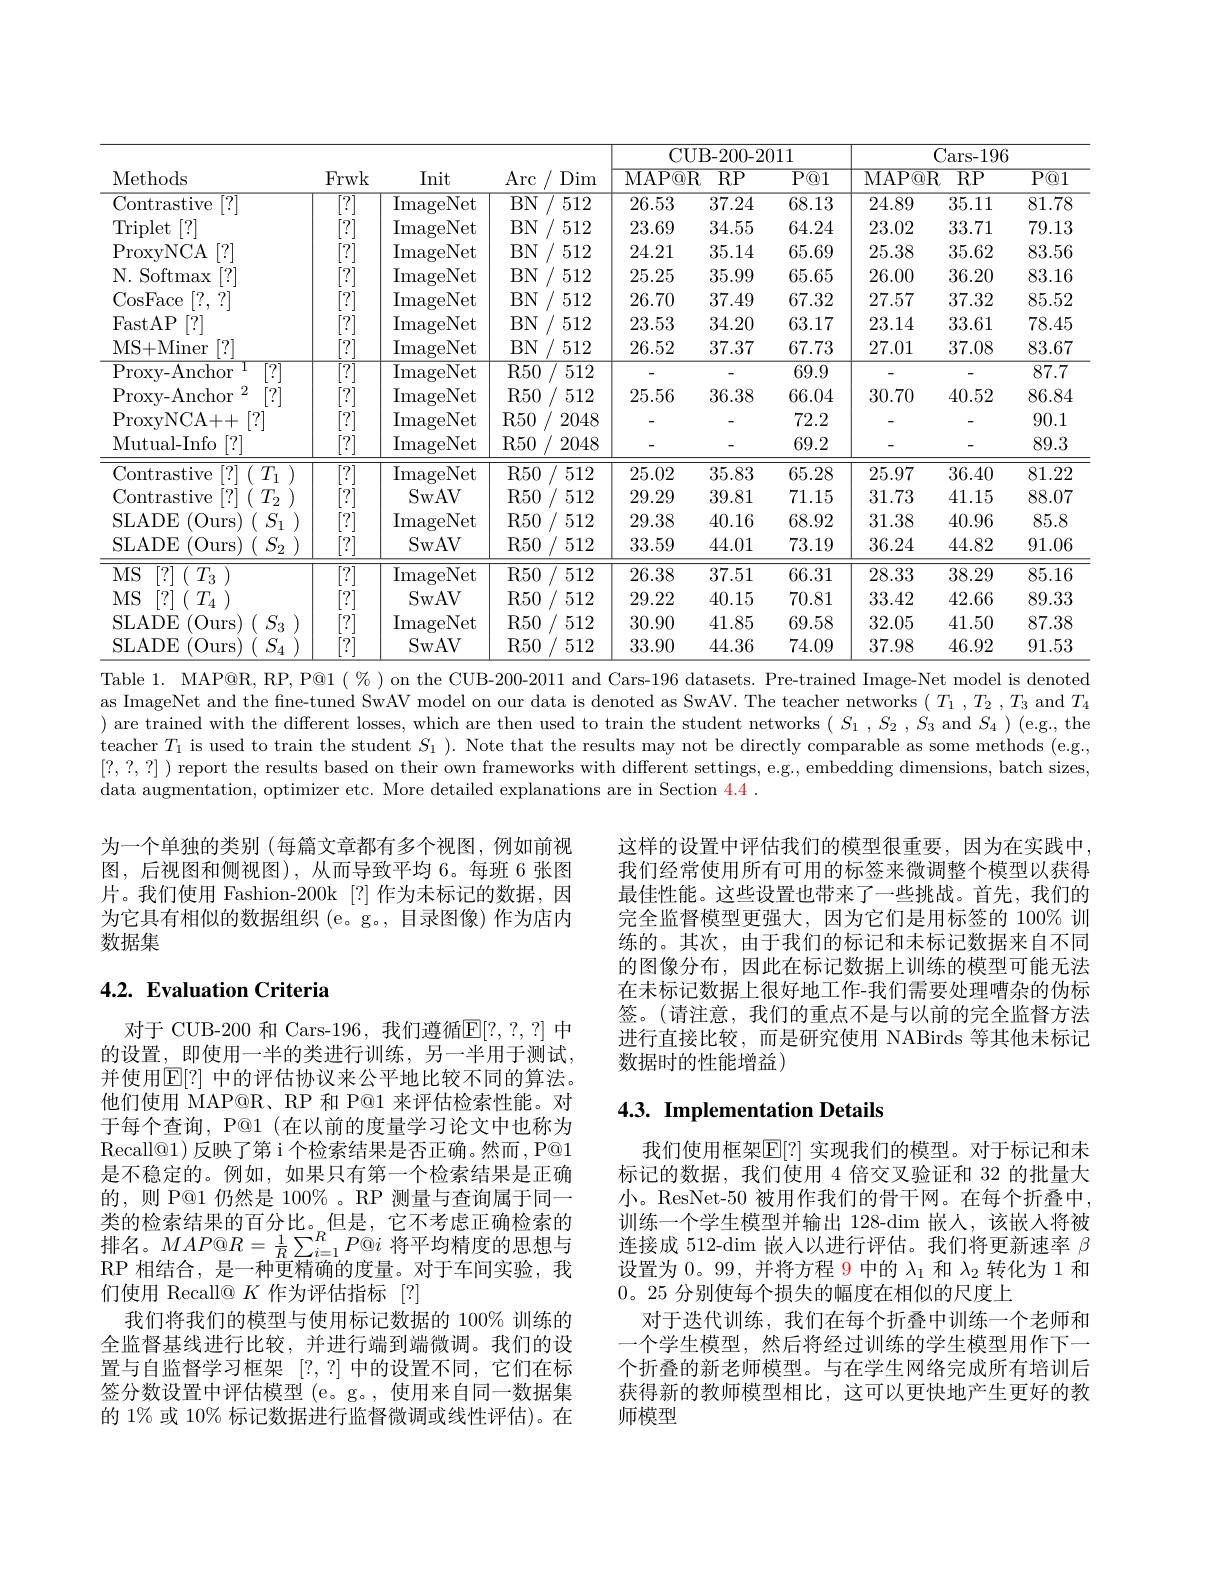
<table>
	<tbody>
		<tr>
			<th rowspan="2">Methods</th>
			<th rowspan="2">Frwk</th>
			<th rowspan="2">Init</th>
			<th rowspan="2">$\operatorname{Arc}$ Dim</th>
			<th> </th>
			<th colspan="3">CUB- 200- 2011</th>
			<th colspan="3">Cars- 196</th>
		</tr>
		<tr>
			<th>$\overline{\mathrm{MA}}$ $n$</th>
			<th>$\overline{\mathrm{MAP@R}}$</th>
			<th>${\overline{RP}}$</th>
			<th>$\overline{\mathrm{P@1}}$</th>
			<th>$\overline{\mathrm{MAP@R}}$</th>
			<th>${\overline{RP}}$</th>
			<th>$\overline{\mathrm{P@1}}$</th>
		</tr>
		<tr>
			<td>Contrastive $\mid ?$</td>
			<td> </td>
			<td>ImageNet</td>
			<td>$BN$ 512</td>
			<td>26. 2</td>
			<td>26.53</td>
			<td>37.24</td>
			<td>68.13</td>
			<td>24.89</td>
			<td>35.11</td>
			<td>81.78</td>
		</tr>
		<tr>
			<td>$\operatorname{Triplet}$ [?]</td>
			<td> </td>
			<td>ImageNet</td>
			<td>$BN$ 512</td>
			<td>$23.\epsilon$ 2</td>
			<td>23.69</td>
			<td>34.55</td>
			<td>64.24</td>
			<td>23.02</td>
			<td>33.71</td>
			<td>79.13</td>
		</tr>
		<tr>
			<td>ProxyNCA [?]</td>
			<td> </td>
			<td>ImageNet</td>
			<td>$BN$ 512</td>
			<td>2 $24.`$</td>
			<td>24.21</td>
			<td>35.14</td>
			<td>65.69</td>
			<td>25.38</td>
			<td>35.62</td>
			<td>83.56</td>
		</tr>
		<tr>
			<td>N. Softmax [?]</td>
			<td> </td>
			<td>ImageNet</td>
			<td>$BN$ 512</td>
			<td>$25.`$ 2</td>
			<td>25.25</td>
			<td>35.99</td>
			<td>65.65</td>
			<td>26.00</td>
			<td>36.20</td>
			<td>83.16</td>
		</tr>
		<tr>
			<td>CosFace [?, : 71</td>
			<td> </td>
			<td>ImageNet</td>
			<td>$BN$ 512</td>
			<td>26.7 2</td>
			<td>26.70</td>
			<td>37.49</td>
			<td>67.32</td>
			<td>27.57</td>
			<td>37.32</td>
			<td>85.52</td>
		</tr>
		<tr>
			<td>FastAP [?]</td>
			<td> </td>
			<td>ImageNet</td>
			<td>$BN$ 512</td>
			<td>23. 2</td>
			<td>23.53</td>
			<td>34.20</td>
			<td>63.17</td>
			<td>23.14</td>
			<td>33.61</td>
			<td>78.45</td>
		</tr>
		<tr>
			<td>MS+ Miner [?]</td>
			<td> </td>
			<td>ImageNet</td>
			<td>$BN$ 512</td>
			<td>26. 2</td>
			<td>26.52</td>
			<td>37.37</td>
			<td>67.73</td>
			<td>27.01</td>
			<td>37.08</td>
			<td>83.67</td>
		</tr>
		<tr>
			<td>Proxy- Anchor</td>
			<td> </td>
			<td>ImageNet</td>
			<td>R50 $51^{c}$</td>
			<td>2</td>
			<td> </td>
			<td>-</td>
			<td>69.9</td>
			<td> </td>
			<td>一</td>
			<td>87.7</td>
		</tr>
		<tr>
			<td>Proxy- Anchor 2 $\because/$</td>
			<td> </td>
			<td>ImageNet</td>
			<td>$R50$ $51`$</td>
			<td>2 25.</td>
			<td>25.56</td>
			<td>36.38</td>
			<td>66.04</td>
			<td>30.70</td>
			<td>40.52</td>
			<td>86.84</td>
		</tr>
		<tr>
			<td>ProxyNCA+ + [?]</td>
			<td> </td>
			<td>ImageNet</td>
			<td>R50 204</td>
			<td>18</td>
			<td> </td>
			<td> </td>
			<td>72.2</td>
			<td>-</td>
			<td> </td>
			<td>90.1</td>
		</tr>
		<tr>
			<td>Mutual- Info [?]</td>
			<td>[?]</td>
			<td>ImageNet</td>
			<td>R50 204</td>
			<td>18</td>
			<td> </td>
			<td>-</td>
			<td>69.2</td>
			<td> </td>
			<td>-</td>
			<td>89.3</td>
		</tr>
		<tr>
			<td>Contrastive [?] ( $T_{1}$ )</td>
			<td>$\overline{7}$</td>
			<td>ImageNet</td>
			<td>$R50$ $51^{\epsilon}$</td>
			<td>25.( 2</td>
			<td>25.02</td>
			<td>35.83</td>
			<td>65.28</td>
			<td>25.97</td>
			<td>36.40</td>
			<td>81.22</td>
		</tr>
		<tr>
			<td>Contrastive [?] ( $T_{2}$</td>
			<td> </td>
			<td>SwAV</td>
			<td>$R50$ $512^{c}$</td>
			<td>2 $29.`$</td>
			<td>29.29</td>
			<td>39.81</td>
			<td>71.15</td>
			<td>31.73</td>
			<td>41.15</td>
			<td>88.07</td>
		</tr>
		<tr>
			<td>SLADE (Ours $S.$</td>
			<td> </td>
			<td>ImageNet</td>
			<td>$R50$ $512^{c}$</td>
			<td>2 29.</td>
			<td>29.38</td>
			<td>40.16</td>
			<td>68.92</td>
			<td>31.38</td>
			<td>40.96</td>
			<td>85.8</td>
		</tr>
		<tr>
			<td>SLADE (Ours 11 $S_{2}$ :</td>
			<td>[?]</td>
			<td>SwAV</td>
			<td>R50 $51`$</td>
			<td>2 33.</td>
			<td>33.59</td>
			<td>44.01</td>
			<td>73.19</td>
			<td>36.24</td>
			<td>44.82</td>
			<td>91.06</td>
		</tr>
		<tr>
			<td>$MS$ [?] ( $T_{3}$ )</td>
			<td> </td>
			<td>ImageNet</td>
			<td>R50 $51^{\epsilon}$</td>
			<td>2 26.:</td>
			<td>26.38</td>
			<td>37.51</td>
			<td>66.31</td>
			<td>28.33</td>
			<td>38.29</td>
			<td>85.16</td>
		</tr>
		<tr>
			<td>$MS$ [?] ( $T_{4}$</td>
			<td> </td>
			<td>SwAV</td>
			<td>$R50$ $512^{c}$</td>
			<td>2 $29.`$</td>
			<td>29.22</td>
			<td>40.15</td>
			<td>70.81</td>
			<td>33.42</td>
			<td>42.66</td>
			<td>89.33</td>
		</tr>
		<tr>
			<td>SLADE (Ours 1 $S_{3}$</td>
			<td> </td>
			<td>ImageNet</td>
			<td>$R50$ $512^{c}$</td>
			<td>2 30.(</td>
			<td>30.90</td>
			<td>41.85</td>
			<td>69.58</td>
			<td>32.05</td>
			<td>41.50</td>
			<td>87.38</td>
		</tr>
		<tr>
			<td>$S_{4}$ SLADE (Ours</td>
			<td> </td>
			<td>SwAV</td>
			<td>$R50$ $512^{c}$</td>
			<td>2 33.!</td>
			<td>33.90</td>
			<td>44.36</td>
			<td>74.09</td>
			<td>37.98</td>
			<td>46.92</td>
			<td>91.53</td>
		</tr>
	</tbody>
</table>
Table 1. MAP@R, RP, P@1( % )on the CUB-200-2011 and Cars-196 datasets. Pre-trained Image-Net model is denoted

as ImageNet and the fine-tuned SwAV model on our data is denoted as SwAV. The teacher networks $(T_1,T_2,T_3$ and $T_4$ ) are trained with the different losses, which are then used to train the student networks $(S_1,S_2,S_3$ and $S_4)$ (e.g., the teacher $T_1$ is used to train the student $S_1$ ). Note that the results may not be directly comparable as some methods (e.g., [?,?,?] ) report the results based on their own frameworks with different settings, e.g., embedding dimensions, batch sizes, data augmentation, optimizer etc. More detailed explanations are in Section $\color{#c000}4.4.$

为一个单独的类别 (每篇文章都有多个视图，例如前视图，后视图和侧视图),从而导致平均 6。每班 6 张图片。我们使用 Fashion-200k [?] 作为未标记的数据，因为它具有相似的数据组织 (e。g。,目录图像) 作为店内数据集

这样的设置中评估我们的模型很重要，因为在实践中， 我们经常使用所有可用的标签来微调整个模型以获得最佳性能。这些设置也带来了一些挑战。首先，我们的完全监督模型更强大，因为它们是用标签的 100% 训练的。其次，由于我们的标记和未标记数据来自不同的图像分布，因此在标记数据上训练的模型可能无法在未标记数据上很好地工作-我们需要处理嘈杂的伪标签。(请注意，我们的重点不是与以前的完全监督方法进行直接比较，而是研究使用 NABirds 等其他未标记数据时的性能增益)

## 4.2. Evaluation Criteria

## $4. 3. \textbf{Implementation Details}$

对于 CUB-200 和 Cars-196, 我们遵循$\mathbb{E}[?,?,?]$ 中的设置，即使用一半的类进行训练，另一半用于测试， 并使用$\mathbb{E}[?]$ 中的评估协议来公平地比较不同的算法。他们使用 MAP@R、RP 和 P@1 来评估检索性能。对于每个查询，P@1(在以前的度量学习论文中也称为Recall@1)反映了第 i 个检索结果是否正确。然而，P@1是不稳定的。例如，如果只有第一个检索结果是正确的，则 P@1 仍然是 100% 。RP 测量与查询属于同一类的检索结果的百分比。但是，它不考虑正确检索的排名。$MAP@R=\frac{1}{R}\sum_{i=1}^{R}P@i$将平均精度的思想与RP 相结合，是一种更精确的度量。对于车间实验，我们使用 Recall@ $K$作为评估指标[?]
我们将我们的模型与使用标记数据的 100% 训练的全监督基线进行比较，并进行端到端微调。我们的设置与自监督学习框架[?,?]中的设置不同，它们在标签分数设置中评估模型 (e。g。, 使用来自同一数据集的 1% 或 10% 标记数据进行监督微调或线性评估)。在

我们使用框架$\mathbb{E}[?]$ 实现我们的模型。对于标记和未标记的数据，我们使用 4 倍交叉验证和 32 的批量大小。ResNet-50 被用作我们的骨干网。在每个折叠中， 训练一个学生模型并输出 128-dim 嵌人，该嵌入将被连接成 512-dim 嵌人以进行评估。我们将更新速率$\beta$ 设置为0。99, 并将方程 9 中的$\lambda_1$和$\lambda_2$转化为 1 和0。25分别使每个损失的幅度在相似的尺度 十
对于迭代训练，我们在每个折叠中训练一个老师和一个学生模型，然后将经过训练的学生模型用作下一个折叠的新老师模型。与在学生网络完成所有培训后获得新的教师模型相比，这可以更快地产生更好的教师模型